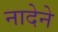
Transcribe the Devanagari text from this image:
नादेने